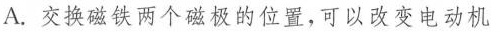
A.交换磁铁两个磁极的位置，可以改变电动机